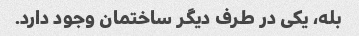
بله، یکی در طرف دیگر ساختمان وجود دارد.